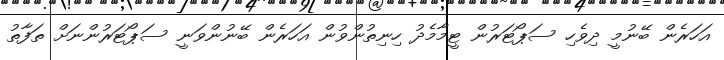
އަހަރެން ބޭނުމީ ދިވެހި ސަޕޯޓަރުން ޓީމާމެދު ހިނިތުންވުން އަހަރެން ބޭނުންވަނީ ސަޕޯޓަރުންނަށް ތަފާތު